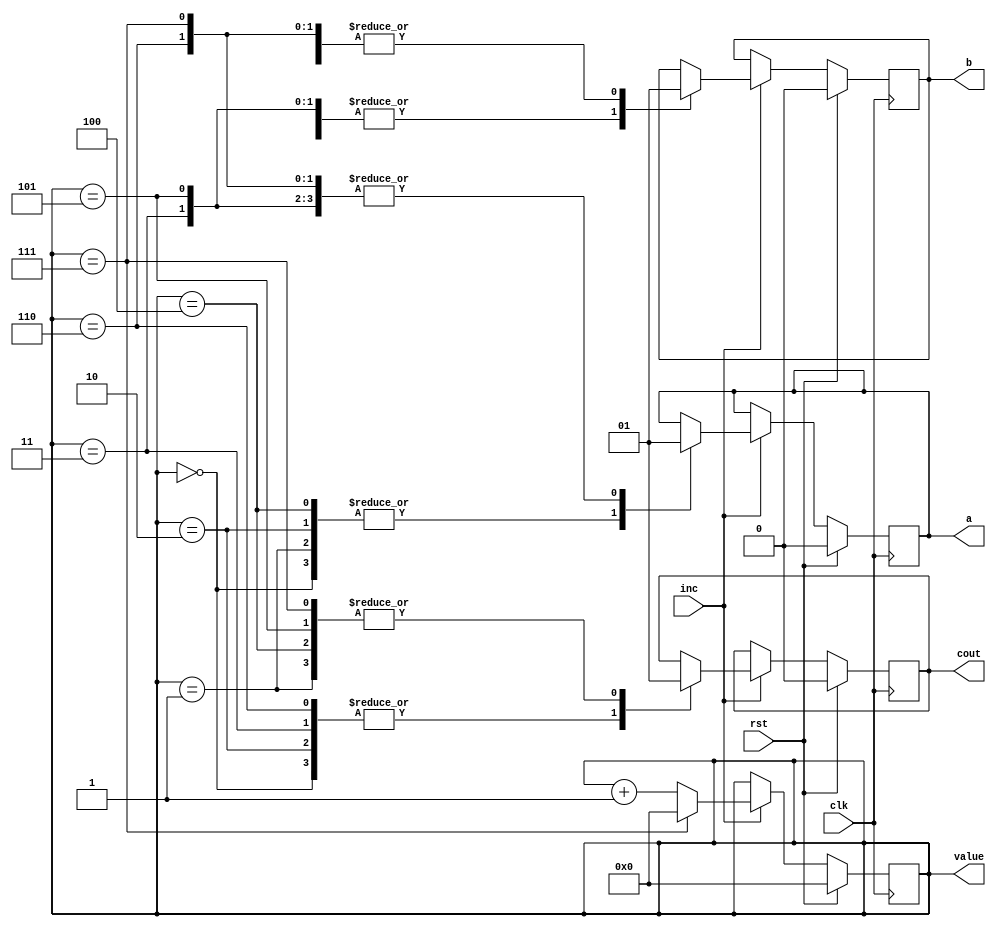
/*
   This file was generated automatically by Alchitry Labs version 1.2.1.
   Do not edit this file directly. Instead edit the original Lucid source.
   This is a temporary file and any changes made to it will be destroyed.
*/

module singlecounter_7 (
    input clk,
    input rst,
    input inc,
    output reg [3:0] value,
    output reg a,
    output reg b,
    output reg cout
  );
  
  
  
  reg [3:0] M_val_d, M_val_q = 1'h0;
  reg [0:0] M_aa_d, M_aa_q = 1'h0;
  reg [0:0] M_bb_d, M_bb_q = 1'h0;
  reg [0:0] M_cc_d, M_cc_q = 1'h0;
  
  always @* begin
    M_val_d = M_val_q;
    M_aa_d = M_aa_q;
    M_bb_d = M_bb_q;
    M_cc_d = M_cc_q;
    
    value[0+3-:4] = M_val_q;
    a = M_aa_q;
    b = M_bb_q;
    cout = M_cc_q;
    if (inc) begin
      if (M_val_q == 3'h7) begin
        M_val_d = 1'h0;
      end else begin
        M_val_d = M_val_q + 1'h1;
      end
      
      case (M_val_q)
        1'h0: begin
          M_aa_d = 1'h0;
          M_bb_d = 1'h0;
          M_cc_d = 1'h0;
        end
        1'h1: begin
          M_aa_d = 1'h0;
          M_bb_d = 1'h0;
          M_cc_d = 1'h1;
        end
        2'h2: begin
          M_aa_d = 1'h0;
          M_bb_d = 1'h1;
          M_cc_d = 1'h0;
        end
        2'h3: begin
          M_aa_d = 1'h1;
          M_bb_d = 1'h0;
          M_cc_d = 1'h0;
        end
        3'h4: begin
          M_aa_d = 1'h0;
          M_bb_d = 1'h1;
          M_cc_d = 1'h1;
        end
        3'h5: begin
          M_aa_d = 1'h1;
          M_bb_d = 1'h0;
          M_cc_d = 1'h1;
        end
        3'h6: begin
          M_aa_d = 1'h1;
          M_bb_d = 1'h1;
          M_cc_d = 1'h0;
        end
        3'h7: begin
          M_aa_d = 1'h1;
          M_bb_d = 1'h1;
          M_cc_d = 1'h1;
        end
      endcase
    end
  end
  
  always @(posedge clk) begin
    if (rst == 1'b1) begin
      M_val_q <= 1'h0;
      M_aa_q <= 1'h0;
      M_bb_q <= 1'h0;
      M_cc_q <= 1'h0;
    end else begin
      M_val_q <= M_val_d;
      M_aa_q <= M_aa_d;
      M_bb_q <= M_bb_d;
      M_cc_q <= M_cc_d;
    end
  end
  
endmodule